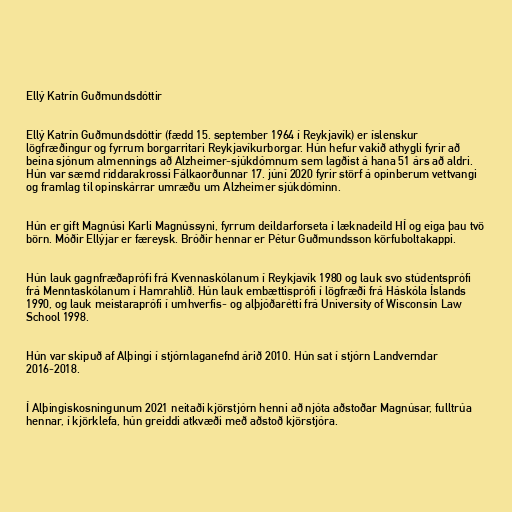
Ellý Katrín Guðmundsdóttir

Ellý Katrín Guðmundsdóttir (fædd 15. september 1964 í Reykjavík) er íslenskur
lögfræðingur og fyrrum borgarritari Reykjavíkurborgar. Hún hefur vakið athygli fyrir að
beina sjónum almennings að Alzheimer-sjúkdómnum sem lagðist á hana 51 árs að aldri.
Hún var sæmd riddarakrossi Fálkaorðunnar 17. júní 2020 fyrir störf á opinberum vettvangi
og framlag til opinskárrar umræðu um Alzheimer sjúkdóminn.

Hún er gift Magnúsi Karli Magnússyni, fyrrum deildarforseta í læknadeild HÍ og eiga þau tvö
börn. Móðir Ellýjar er færeysk. Bróðir hennar er Pétur Guðmundsson körfuboltakappi.

Hún lauk gagnfræðaprófi frá Kvennaskólanum í Reykjavík 1980 og lauk svo stúdentsprófi
frá Menntaskólanum í Hamrahlíð. Hún lauk embættisprófi í lögfræði frá Háskóla Íslands
1990, og lauk meistaraprófi í umhverfis- og alþjóðarétti frá University of Wisconsin Law
School 1998.

Hún var skipuð af Alþingi í stjórnlaganefnd árið 2010. Hún sat í stjórn Landverndar
2016-2018.

Í Alþingiskosningunum 2021 neitaði kjörstjórn henni að njóta aðstoðar Magnúsar, fulltrúa
hennar, í kjörklefa, hún greiddi atkvæði með aðstoð kjörstjóra.